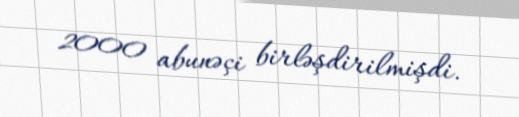
2000 abunəçi birləşdirilmişdi.